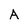
Character: A